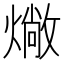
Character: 𤏮